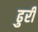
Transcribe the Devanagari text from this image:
ढुरी